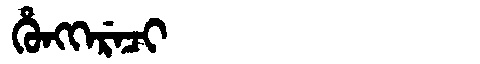
Manchu: ᡥᡠᠩᡴᡝᡵᡝᠴᡳ
Romanization: HUNGKERECI